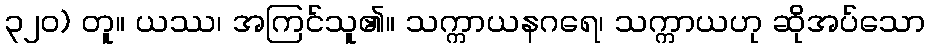
၃၂၀) တူ။ ယဿ၊ အကြင်သူ၏။ သက္ကာယနဂရေ၊ သက္ကာယဟု ဆိုအပ်သော